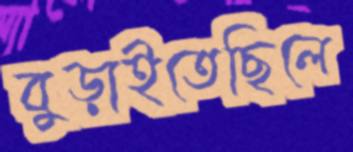
বুড়াইতেছিলে